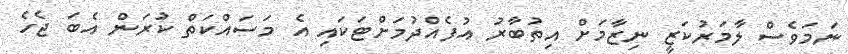
ނަމަވެސް ލާމަރުކަޒީ ނިޒާމަށް އިތުބާރު އުފެއްދުމަށްޓަކައި އެ މަސައްކަތް ކުރަން އެބަ ޖެހެ